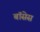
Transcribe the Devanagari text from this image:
बॉसेस